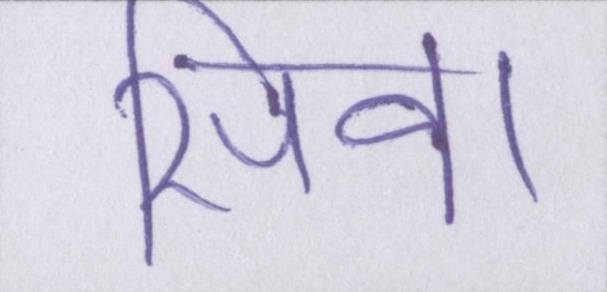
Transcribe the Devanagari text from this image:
सिवा